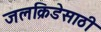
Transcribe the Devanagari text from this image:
जलक्रिडेसाठी